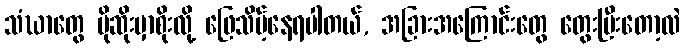
သံဃာတွေ ပိုဆိုးမှာစိုးလို့ ဖြေသိမ့်နေရပါတယ်, အခြားအကြောင်းတွေ တွေးပြီးတော့လဲ